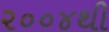
૨૦૦૪થી